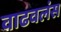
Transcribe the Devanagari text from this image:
वाढवलंस